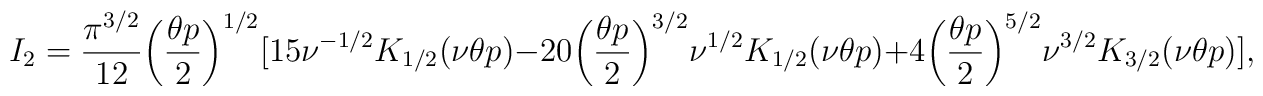
I_2=\frac{\pi^{3/2}}{12}\biggl(\frac{\theta p}{2}\biggr)^{1/2}[15\nu^{-1/2}K_{1/2}(\nu\theta p)-20\biggl(\frac{\theta p}{2}\biggr)^{3/2}\nu^{1/2}K_{1/2}(\nu\theta p)+4\biggl(\frac{\theta p}{2}\biggr)^{5/2}\nu^{3/2}K_{3/2}(\nu\theta p)],